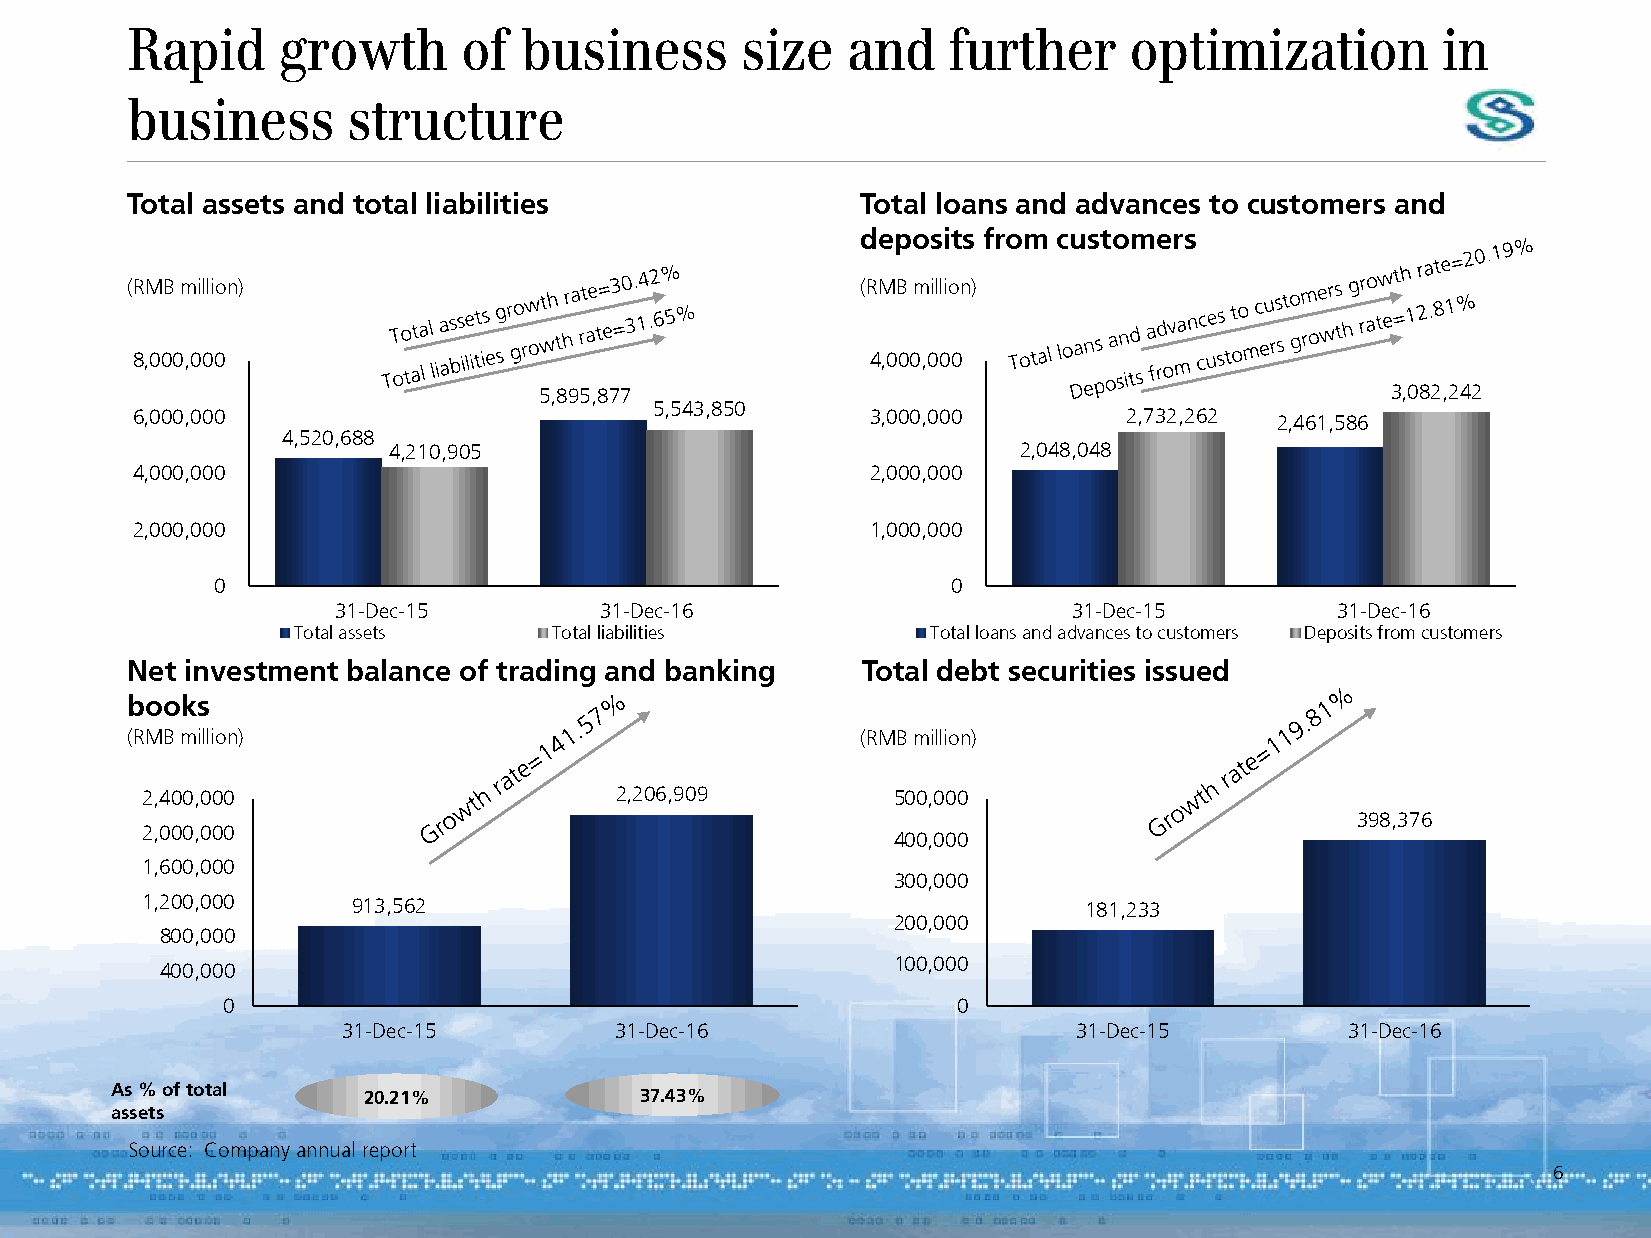
Rapid     growth       of business       size   and    further     optimization        in
 business       structure
 Total assets and total liabilities               Total loans and advances to customers and
 deposits from customers
 (RMB million)                                    (RMB million)
 8,000,000                                        4,000,000
 5,895,877                                               3,082,242
 5,543,850
 6,000,000                                        3,000,000        2,732,262
 2,461,586
 4,520,688
 4,210,905                                2,048,048
 4,000,000                                        2,000,000
 2,000,000                                        1,000,000
 0                                                0
 31-Dec-15         31-Dec-16                      31-Dec-15        31-Dec-16
 Total assets      Total liabilities        Total loans and advances to customers Deposits from customers
 Net investment balance of trading and banking    Total debt securities issued
 books
 (RMB million)                                    (RMB million)
 2,400,000                       2,206,909         500,000
 398,376
 2,000,000
 400,000
 1,600,000
 300,000
 1,200,000     913,562                                          181,233
 200,000
 800,000
 100,000
 400,000
 0                                               0
 31-Dec-15         31-Dec-16                     31-Dec-15         31-Dec-16
 As % of total    20.21%            37.43%
 assets
 Source: Company annual report
 6